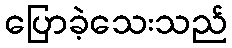
ပြောခဲ့သေးသည်